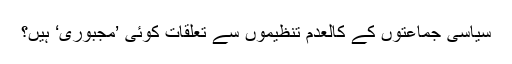
سیاسی جماعتوں کے کالعدم تنظیموں سے تعلقات کوئی ’مجبوری‘ ہیں؟